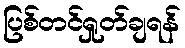
ပြစ်တင်ရှုတ်ချရန်